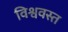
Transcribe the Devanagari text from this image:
विश्ववस्त